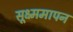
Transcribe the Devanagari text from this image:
सूक्ष्ममापन